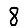
Digit: 8